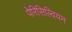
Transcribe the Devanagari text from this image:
पेरिसिल्वियन